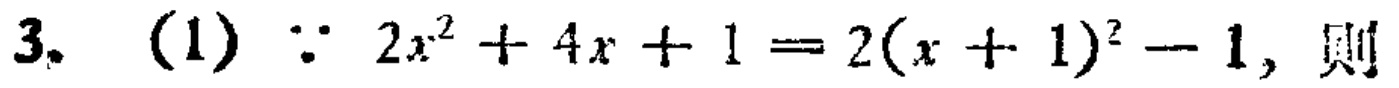
3. (1) $\because 2x^{2}+4x + 1=2(x + 1)^{2}-1$, 则